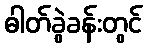
ဓါတ်ခွဲခန်းတွင်